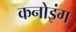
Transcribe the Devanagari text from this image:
कनोइंग